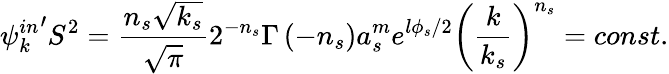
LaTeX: {{\psi}_{k}^{in}}^{\prime}S^{2}=\frac{n_{s}\sqrt{k_{s}}}{\sqrt{\pi}}2^{-n_{s}}\Gamma\left(-n_{s}\right)a_{s}^{m}e^{l\phi_{s}/2}\left(\frac k{k_{s}}\right)^{n_{s}}=const.